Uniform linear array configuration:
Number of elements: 4
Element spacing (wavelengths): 0.5
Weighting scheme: hann
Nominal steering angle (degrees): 45
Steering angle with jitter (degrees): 46.408
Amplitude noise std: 0.05
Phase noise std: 0.05

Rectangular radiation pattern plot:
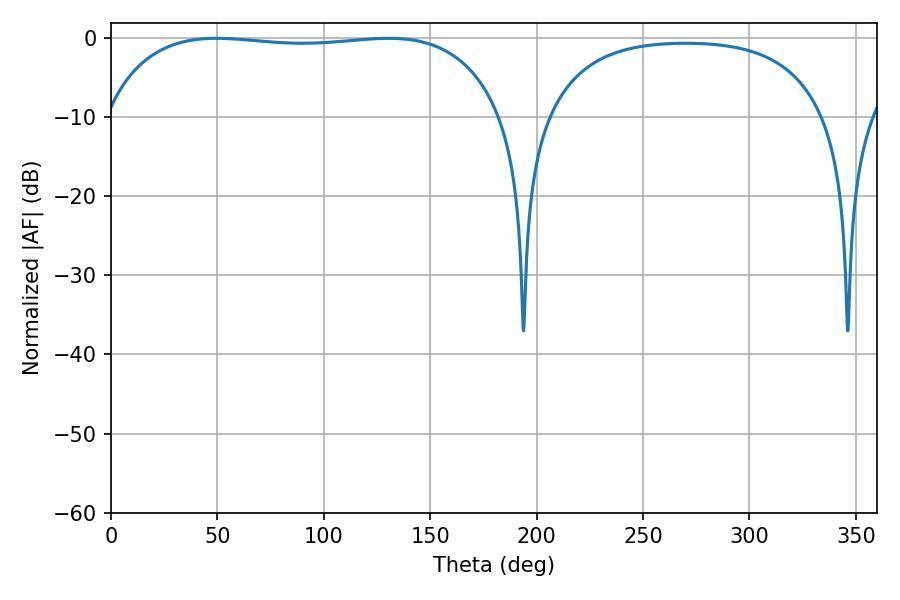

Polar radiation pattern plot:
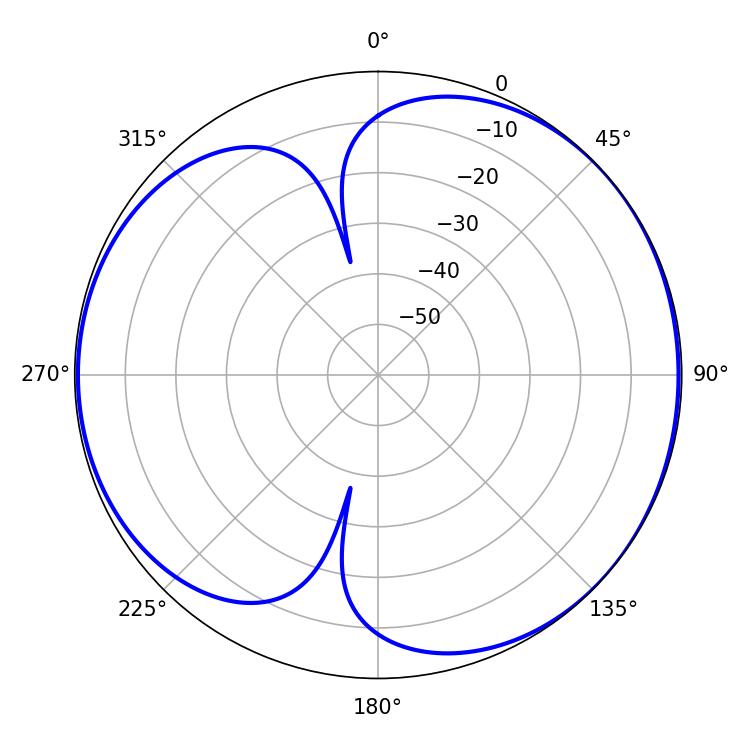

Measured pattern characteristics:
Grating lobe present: FALSE
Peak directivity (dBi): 5.161
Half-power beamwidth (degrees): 149.4
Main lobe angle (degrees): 49.5